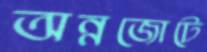
অন্নজোটে